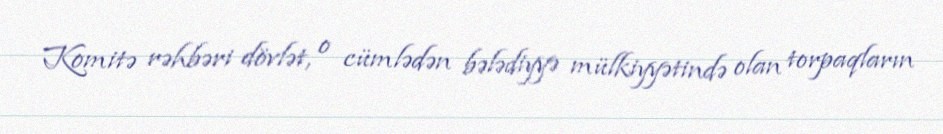
Komitə rəhbəri dövlət, o cümlədən bələdiyyə mülkiyyətində olan torpaqların